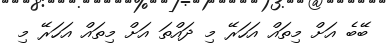
ބޭބެ އަށް މިތައް އަހަރޭ މި ދައްތަ އަށް މިތައް އަހަރޭ މި